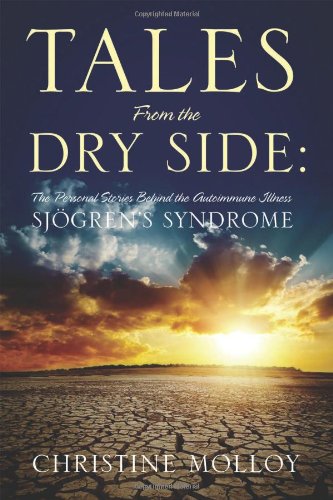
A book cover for Tales From the Dry Side: The Personal Stories Behind the Autoimmune Illness SjÃ¶gren's Syndrome; Christine Molloy; Health, Fitness & Dieting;